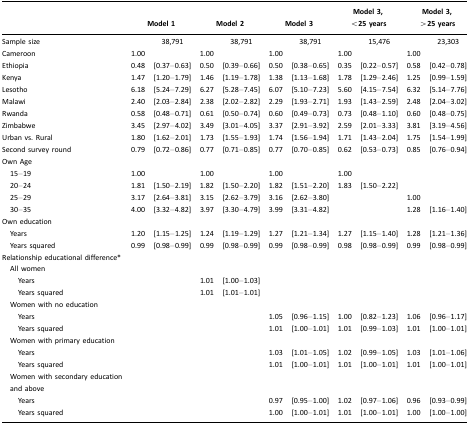
<table><thead><tr><td></td><td colspan="2"><b>Model 1</b></td><td colspan="2"><b>Model 2</b></td><td colspan="2"><b>Model 3</b></td><td colspan="2"><b>Model 3, &lt;25 years</b></td><td colspan="2"><b>Model 3, &gt;25 years</b></td></tr></thead><tbody><tr><td>Sample size</td><td></td><td>38,791</td><td></td><td>38,791</td><td></td><td>38,791</td><td></td><td>15,476</td><td></td><td>23,303</td></tr><tr><td>Cameroon</td><td>1.00</td><td></td><td>1.00</td><td></td><td>1.00</td><td></td><td>1.00</td><td></td><td>1.00</td><td></td></tr><tr><td>Ethiopia</td><td>0.48</td><td>[0.37–0.63]</td><td>0.50</td><td>[0.39–0.66]</td><td>0.50</td><td>[0.38–0.65]</td><td>0.35</td><td>[0.22–0.57]</td><td>0.58</td><td>[0.42–0.78]</td></tr><tr><td>Kenya</td><td>1.47</td><td>[1.20–1.79]</td><td>1.46</td><td>[1.19–1.78]</td><td>1.38</td><td>[1.13–1.68]</td><td>1.78</td><td>[1.29–2.46]</td><td>1.25</td><td>[0.99–1.59]</td></tr><tr><td>Lesotho</td><td>6.18</td><td>[5.24–7.29]</td><td>6.27</td><td>[5.28–7.45]</td><td>6.07</td><td>[5.10–7.23]</td><td>5.60</td><td>[4.15–7.54]</td><td>6.32</td><td>[5.14–7.76]</td></tr><tr><td>Malawi</td><td>2.40</td><td>[2.03–2.84]</td><td>2.38</td><td>[2.02–2.82]</td><td>2.29</td><td>[1.93–2.71]</td><td>1.93</td><td>[1.43–2.59]</td><td>2.48</td><td>[2.04–3.02]</td></tr><tr><td>Rwanda</td><td>0.58</td><td>[0.48–0.71]</td><td>0.61</td><td>[0.50–0.74]</td><td>0.60</td><td>[0.49–0.73]</td><td>0.73</td><td>[0.48–1.10]</td><td>0.60</td><td>[0.48–0.75]</td></tr><tr><td>Zimbabwe</td><td>3.45</td><td>[2.97–4.02]</td><td>3.49</td><td>[3.01–4.05]</td><td>3.37</td><td>[2.91–3.92]</td><td>2.59</td><td>[2.01–3.33]</td><td>3.81</td><td>[3.19–4.56]</td></tr><tr><td>Urban vs. Rural</td><td>1.80</td><td>[1.62–2.01]</td><td>1.73</td><td>[1.55–1.93]</td><td>1.74</td><td>[1.56–1.94]</td><td>1.71</td><td>[1.43–2.04]</td><td>1.75</td><td>[1.54–1.99]</td></tr><tr><td>Second survey round</td><td>0.79</td><td>[0.72–0.86]</td><td>0.77</td><td>[0.71–0.85]</td><td>0.77</td><td>[0.70–0.85]</td><td>0.62</td><td>[0.53–0.73]</td><td>0.85</td><td>[0.76–0.94]</td></tr><tr><td>Own Age</td><td></td><td></td><td></td><td></td><td></td><td></td><td></td><td></td><td></td><td></td></tr><tr><td> 15–19</td><td>1.00</td><td></td><td>1.00</td><td></td><td>1.00</td><td></td><td>1.00</td><td></td><td></td><td></td></tr><tr><td> 20–24</td><td>1.81</td><td>[1.50–2.19]</td><td>1.82</td><td>[1.50–2.20]</td><td>1.82</td><td>[1.51–2.20]</td><td>1.83</td><td>[1.50–2.22]</td><td></td><td></td></tr><tr><td> 25–29</td><td>3.17</td><td>[2.64–3.81]</td><td>3.15</td><td>[2.62–3.79]</td><td>3.16</td><td>[2.62–3.80]</td><td></td><td></td><td>1.00</td><td></td></tr><tr><td> 30–35</td><td>4.00</td><td>[3.32–4.82]</td><td>3.97</td><td>[3.30–4.79]</td><td>3.99</td><td>[3.31–4.82]</td><td></td><td></td><td>1.28</td><td>[1.16–1.40]</td></tr><tr><td>Own education</td><td></td><td></td><td></td><td></td><td></td><td></td><td></td><td></td><td></td><td></td></tr><tr><td> Years</td><td>1.20</td><td>[1.15–1.25]</td><td>1.24</td><td>[1.19–1.29]</td><td>1.27</td><td>[1.21–1.34]</td><td>1.27</td><td>[1.15–1.40]</td><td>1.28</td><td>[1.21–1.36]</td></tr><tr><td> Years squared</td><td>0.99</td><td>[0.98–0.99]</td><td>0.99</td><td>[0.98–0.99]</td><td>0.99</td><td>[0.98–0.99]</td><td>0.98</td><td>[0.98–0.99]</td><td>0.99</td><td>[0.98–0.99]</td></tr><tr><td>Relationship educational difference*</td><td></td><td></td><td></td><td></td><td></td><td></td><td></td><td></td><td></td><td></td></tr><tr><td> All women</td><td></td><td></td><td></td><td></td><td></td><td></td><td></td><td></td><td></td><td></td></tr><tr><td>Years</td><td></td><td></td><td>1.01</td><td>[1.00–1.03]</td><td></td><td></td><td></td><td></td><td></td><td></td></tr><tr><td>Years squared</td><td></td><td></td><td>1.01</td><td>[1.01–1.01]</td><td></td><td></td><td></td><td></td><td></td><td></td></tr><tr><td> Women with no education</td><td></td><td></td><td></td><td></td><td></td><td></td><td></td><td></td><td></td><td></td></tr><tr><td>Years</td><td></td><td></td><td></td><td></td><td>1.05</td><td>[0.96–1.15]</td><td>1.00</td><td>[0.82–1.23]</td><td>1.06</td><td>[0.96–1.17]</td></tr><tr><td>Years squared</td><td></td><td></td><td></td><td></td><td>1.01</td><td>[1.00–1.01]</td><td>1.01</td><td>[0.99–1.03]</td><td>1.01</td><td>[1.00–1.01]</td></tr><tr><td> Women with primary education</td><td></td><td></td><td></td><td></td><td></td><td></td><td></td><td></td><td></td><td></td></tr><tr><td>Years</td><td></td><td></td><td></td><td></td><td>1.03</td><td>[1.01–1.05]</td><td>1.02</td><td>[0.99–1.05]</td><td>1.03</td><td>[1.01–1.06]</td></tr><tr><td>Years squared</td><td></td><td></td><td></td><td></td><td>1.01</td><td>[1.00–1.01]</td><td>1.01</td><td>[1.00–1.01]</td><td>1.01</td><td>[1.00–1.01]</td></tr><tr><td> Women with secondary education and above</td><td></td><td></td><td></td><td></td><td></td><td></td><td></td><td></td><td></td><td></td></tr><tr><td>Years</td><td></td><td></td><td></td><td></td><td>0.97</td><td>[0.95–1.00]</td><td>1.02</td><td>[0.97–1.06]</td><td>0.96</td><td>[0.93–0.99]</td></tr><tr><td>Years squared</td><td></td><td></td><td></td><td></td><td>1.00</td><td>[1.00–1.01]</td><td>1.01</td><td>[1.00–1.01]</td><td>1.00</td><td>[1.00–1.00]</td></tr></tbody></table>